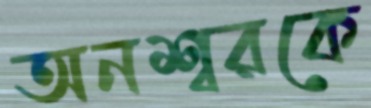
অনশ্বরকে